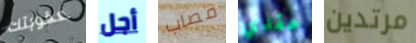
عقوبتك أجل مصاب عقدي مرتدين